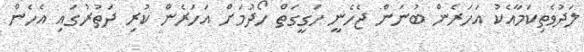
ލަދުވެތިކަމާއެކު އަހަރެން ބުނަން ޖެހެނީ ހަގީގަތް ހޯދުމަށް އަހަރެން ކުރި ދަތުރުގައި އެހެން